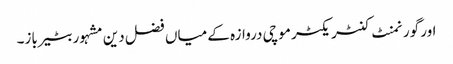
اور گورنمنٹ کنٹریکٹر موچی دروازہ کے میاں فضل دین مشہور بٹیرباز۔